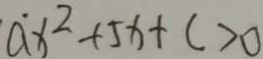
a ^ { . } x ^ { 2 } + 5 x + c > 0